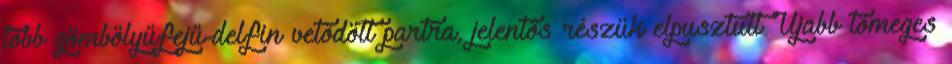
több gömbölyűfejű-delfin vetődött partra, jelentős részük elpusztult Újabb tömeges